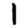
Digit: 1